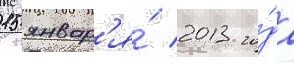
15 январ'я́ 2013 го́да